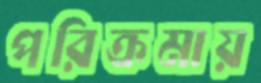
পরিক্রমায়